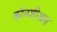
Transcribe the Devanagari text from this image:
कॉनशीअस